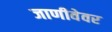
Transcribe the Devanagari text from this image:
जाणीवेवर